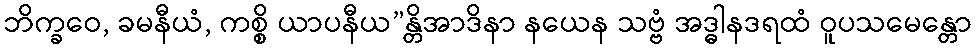
ဘိက္ခဝေ, ခမနီယံ, ကစ္စိ ယာပနီယ”န္တိအာဒိနာ နယေန သဗ္ဗံ အဒ္ဓါနဒရထံ ဝူပသမေန္တော